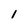
Character: 1